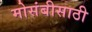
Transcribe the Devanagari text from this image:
मोसंबीसाठी